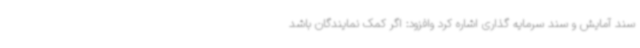
سند آمایش و سند سرمایه گذاری اشاره کرد وافزود: اگر کمک نمایندگان باشد